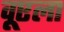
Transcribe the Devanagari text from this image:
वूएला